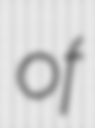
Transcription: of